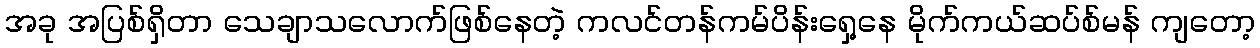
အခု အပြစ်ရှိတာ သေချာသလောက်ဖြစ်နေတဲ့ ကလင်တန်ကမ်ပိန်းရှေ့နေ မိုက်ကယ်ဆပ်စ်မန် ကျတော့